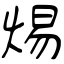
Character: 焬